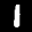
Label: 1